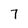
Character: 7